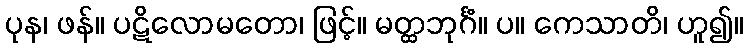
ပုန၊ ဖန်။ ပဋိလောမတော၊ ဖြင့်။ မတ္ထဘုင်္ဂံ။ ပ။ ကေသာတိ၊ ဟူ၍။